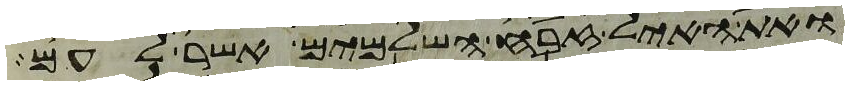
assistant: ואת האיל זבח השלמים אשר לעם